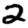
Digit: 2